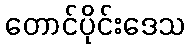
တောင်ပိုင်းဒေသ